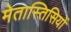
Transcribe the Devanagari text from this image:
मेतास्तिसियों